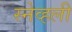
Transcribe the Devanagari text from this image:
स्नेव्हली